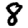
Digit: 8